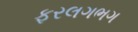
ફરલગભગ